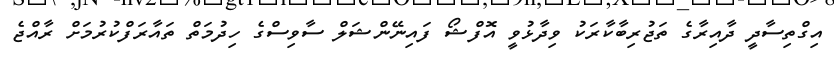
އިގްތިސާދީ ދާއިރާގެ ތަޖުރިބާކާރަކު ވިދާޅުވީ އޮފްޝޯ ފައިނޭންޝަލް ސާވިސްގެ ހިދުމަތް ތައާރަފްކުރުމަށް ރާއްޖެ